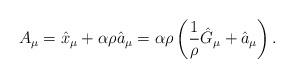
LaTeX: \begin{align*}A_{\mu}=\hat{x}_{\mu}+ \alpha \rho \hat{a}_{\mu} =\alpha\rho \left( \frac{1}{\rho}\hat{G}_{\mu}+ \hat{a}_{\mu} \right). \end{align*}